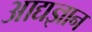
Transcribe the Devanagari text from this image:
आद्यज्ञान